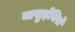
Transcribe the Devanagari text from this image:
यासुईचिरो